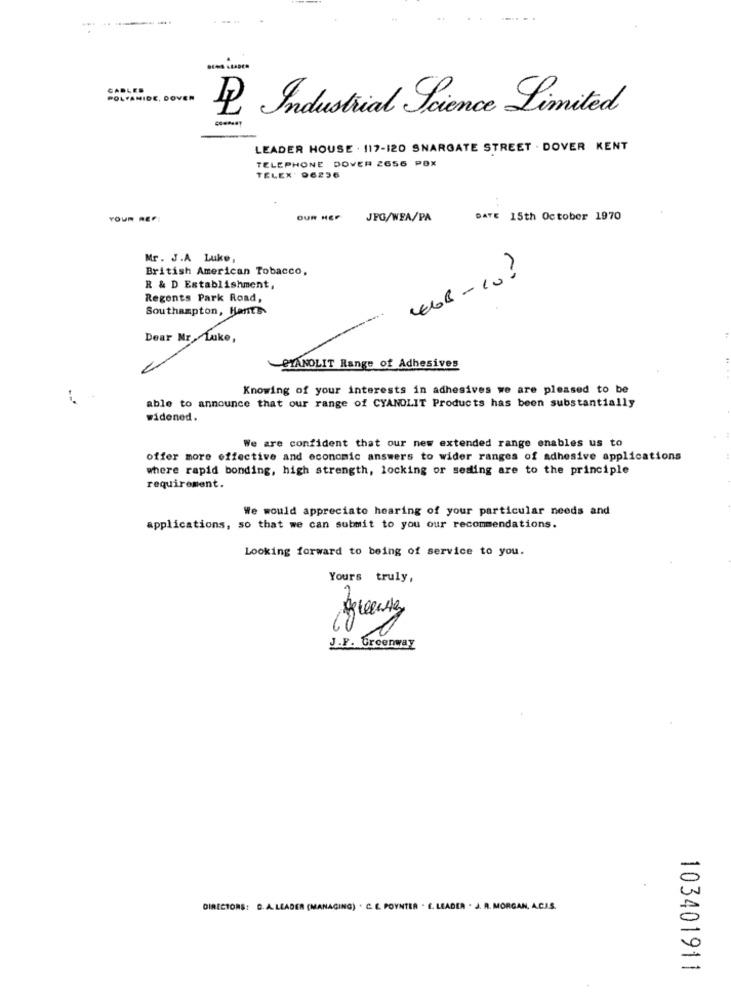
------.
CABLES
POLYAMIDE, DOVER
D Industrial Science Limited
LEADER HOUSE . 117-120 SNARGATE STREET . DOVER KENT
TELEPHONE DOVER 2656 POX
TELEX' DE236
YOUR REF:
OUR HEP
JPG/WEA/PA
DATE 15th October 1970
Mr. J.A Luke,
British American Tobacco,
4E66 -10 ?
R & D Establishment,
Regents Park Road,
Southampton, Hants
Dear Mr .Luke,
PIANOLIT Range of Adhesives
Knowing of your interests in adhesives we are pleased to be
able to announce that our range of CYANDLIT Products has been substantially
widened.
We are confident that our new extended range enables us to
offer more effective and economic answers to wider ranges of adhesive applications
where rapid bonding, high strength, locking or seding are to the principle
requirement.
We would appreciate hearing of your particular needs and
applications, so that we can submit to you our recommendations.
Looking forward to being of service to you.
Yours truly,
J.F. Greenway
DIRECTORS: C. A. LEADER (MANAGING) . C. E. POYNTER . E. LEADER . J. R. MORGAN, A.C.J.S.
103401911